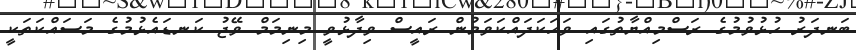
ބަނދަރު ހުޅުވުމުގެ ރަސްމިއްޔާތުގައި ވަހަކަދައްކަވަމުން ރައީސް ވިދާޅުވީ މިނިމަމް ވޭޖު ކަނޑައެޅުމުގެ މަސައްކަތަކީ